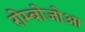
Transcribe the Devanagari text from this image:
रोम्बोजोआ